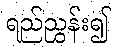
ရည်ညွှန်း၍